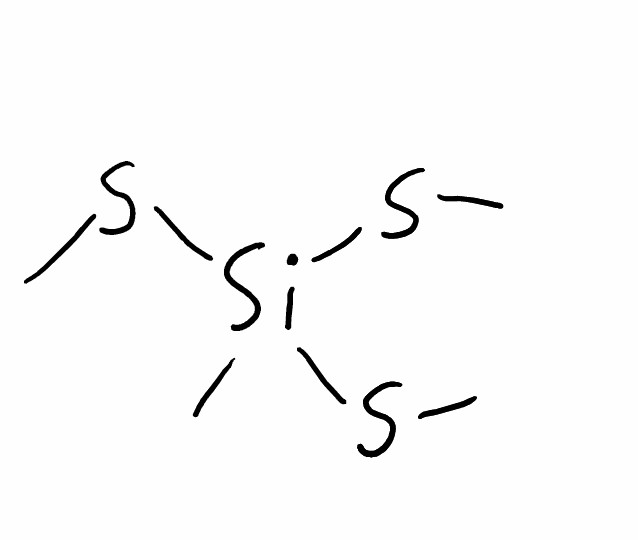
Simplified molecular-input line-entry system (SMILES) notation of the given molecule:
C[Si](SC)(SC)SC